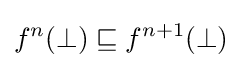
f^{n}(\bot )\sqsubseteq f^{n+1}(\bot )